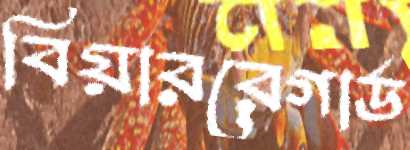
বিয়াররেগার্ড